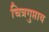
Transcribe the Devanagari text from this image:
चित्रगुप्ताय